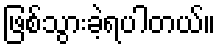
ဖြစ်သွားခဲ့ရပါတယ်။